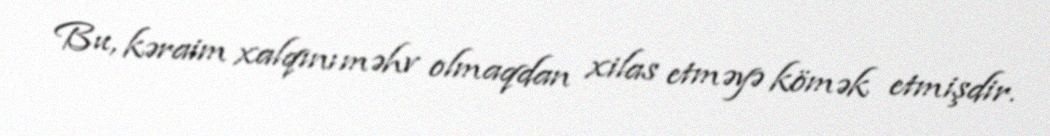
Bu, kəraim xalqını məhv olmaqdan xilas etməyə kömək etmişdir.